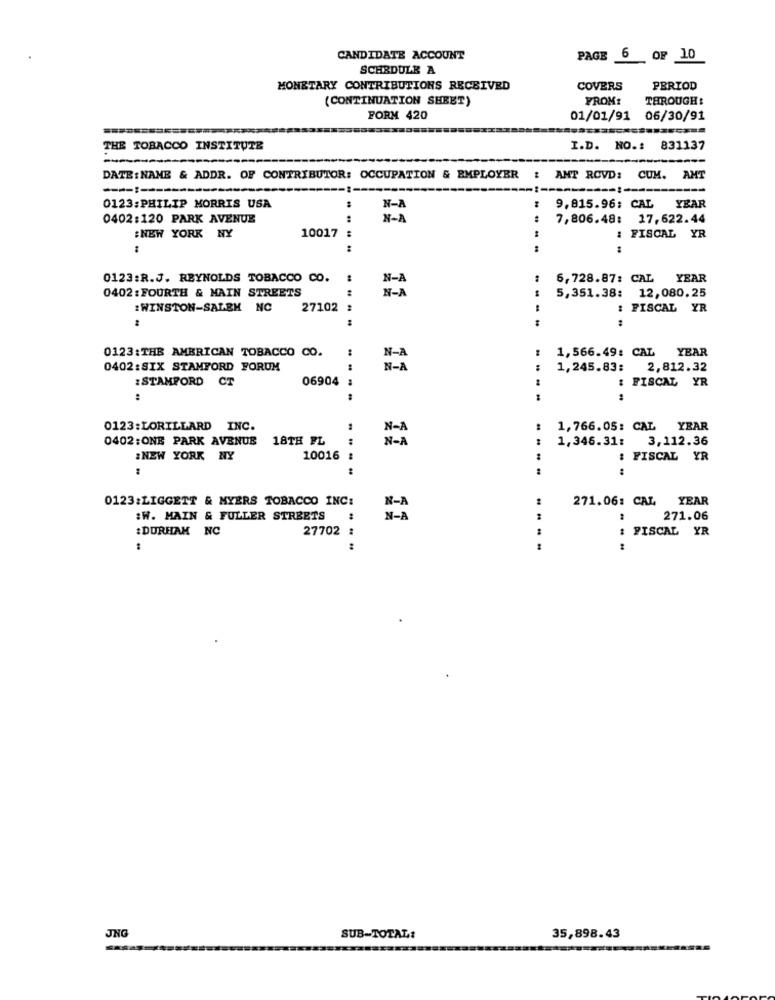
CANDIDATE ACCOUNT
PAGE 6 OF 10
SCHEDULE A
MONETARY CONTRIBUTIONS RECEIVED
COVERS
PERIOD
(CONTINUATION SHEET)
FROM:
THROUGH:
FORM 420
01/01/91 06/30/91
THE TOBACCO INSTITUTE
I.D. NO .: 831137
DATE : NAME & ADDR. OF CONTRIBUTOR: OCCUPATION & EMPLOYER
: ANT ROVD: CUM. AMT
0123: PHILIP MORRIS USA
N-A
9.815.96; CAL YEAR
0402:120 PARK AVENUE
X-A
7,806.48: 17,622.44
:NEW YORK NY
10017
: FISCAL YR
0123:R.J. REYNOLDS TOBACCO CO.
N-A
6,728.87: CAL YEAR
N-A
0402 : FOURTH & MAIN STREETS
5,351.38: 12,080.25
:WINSTON-SALEM NC
27102
FISCAL YR
.. ....
0123:THE AMERICAN TOBACCO CO.
:
N-
1,566.49: CAL YEAR
0402:SIX STAMFORD FORUM
N-A
1,245.83: 2,812.32
: STAMFORD CT
06904 :
: FISCAL YR
:
:
0123:LORILLARD INC.
N-1
1,766.05: CAL YEAR
0402: ONE PARK AVENUE
18TH FL
..
N-A
1,346.31:
3,112.36
:NEW YORK NY
10016
FISCAL YR
0123:LIGGETT & MYERS TOBACCO INC:
271.06: CAL YEAR
:W. MAIN & FULLER STREETS
N-A
271.06
:DURHAM NC
27702 :
FISCAL YR
JNG
SUB-TOTAL:
35,898.43